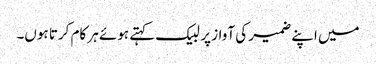
میں اپنے ضمیر کی آواز پر لبیک کہتے ہوئے ہر کام کرتا ہوں۔